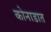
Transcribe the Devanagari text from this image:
कोनाडात